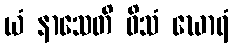
ယံ နာသေတိ ဝိသံ ဃောရံ